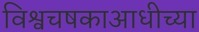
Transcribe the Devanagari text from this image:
विश्वचषकाआधीच्या